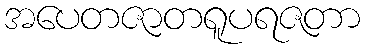
အပေတဇာတရူပရဇတာ